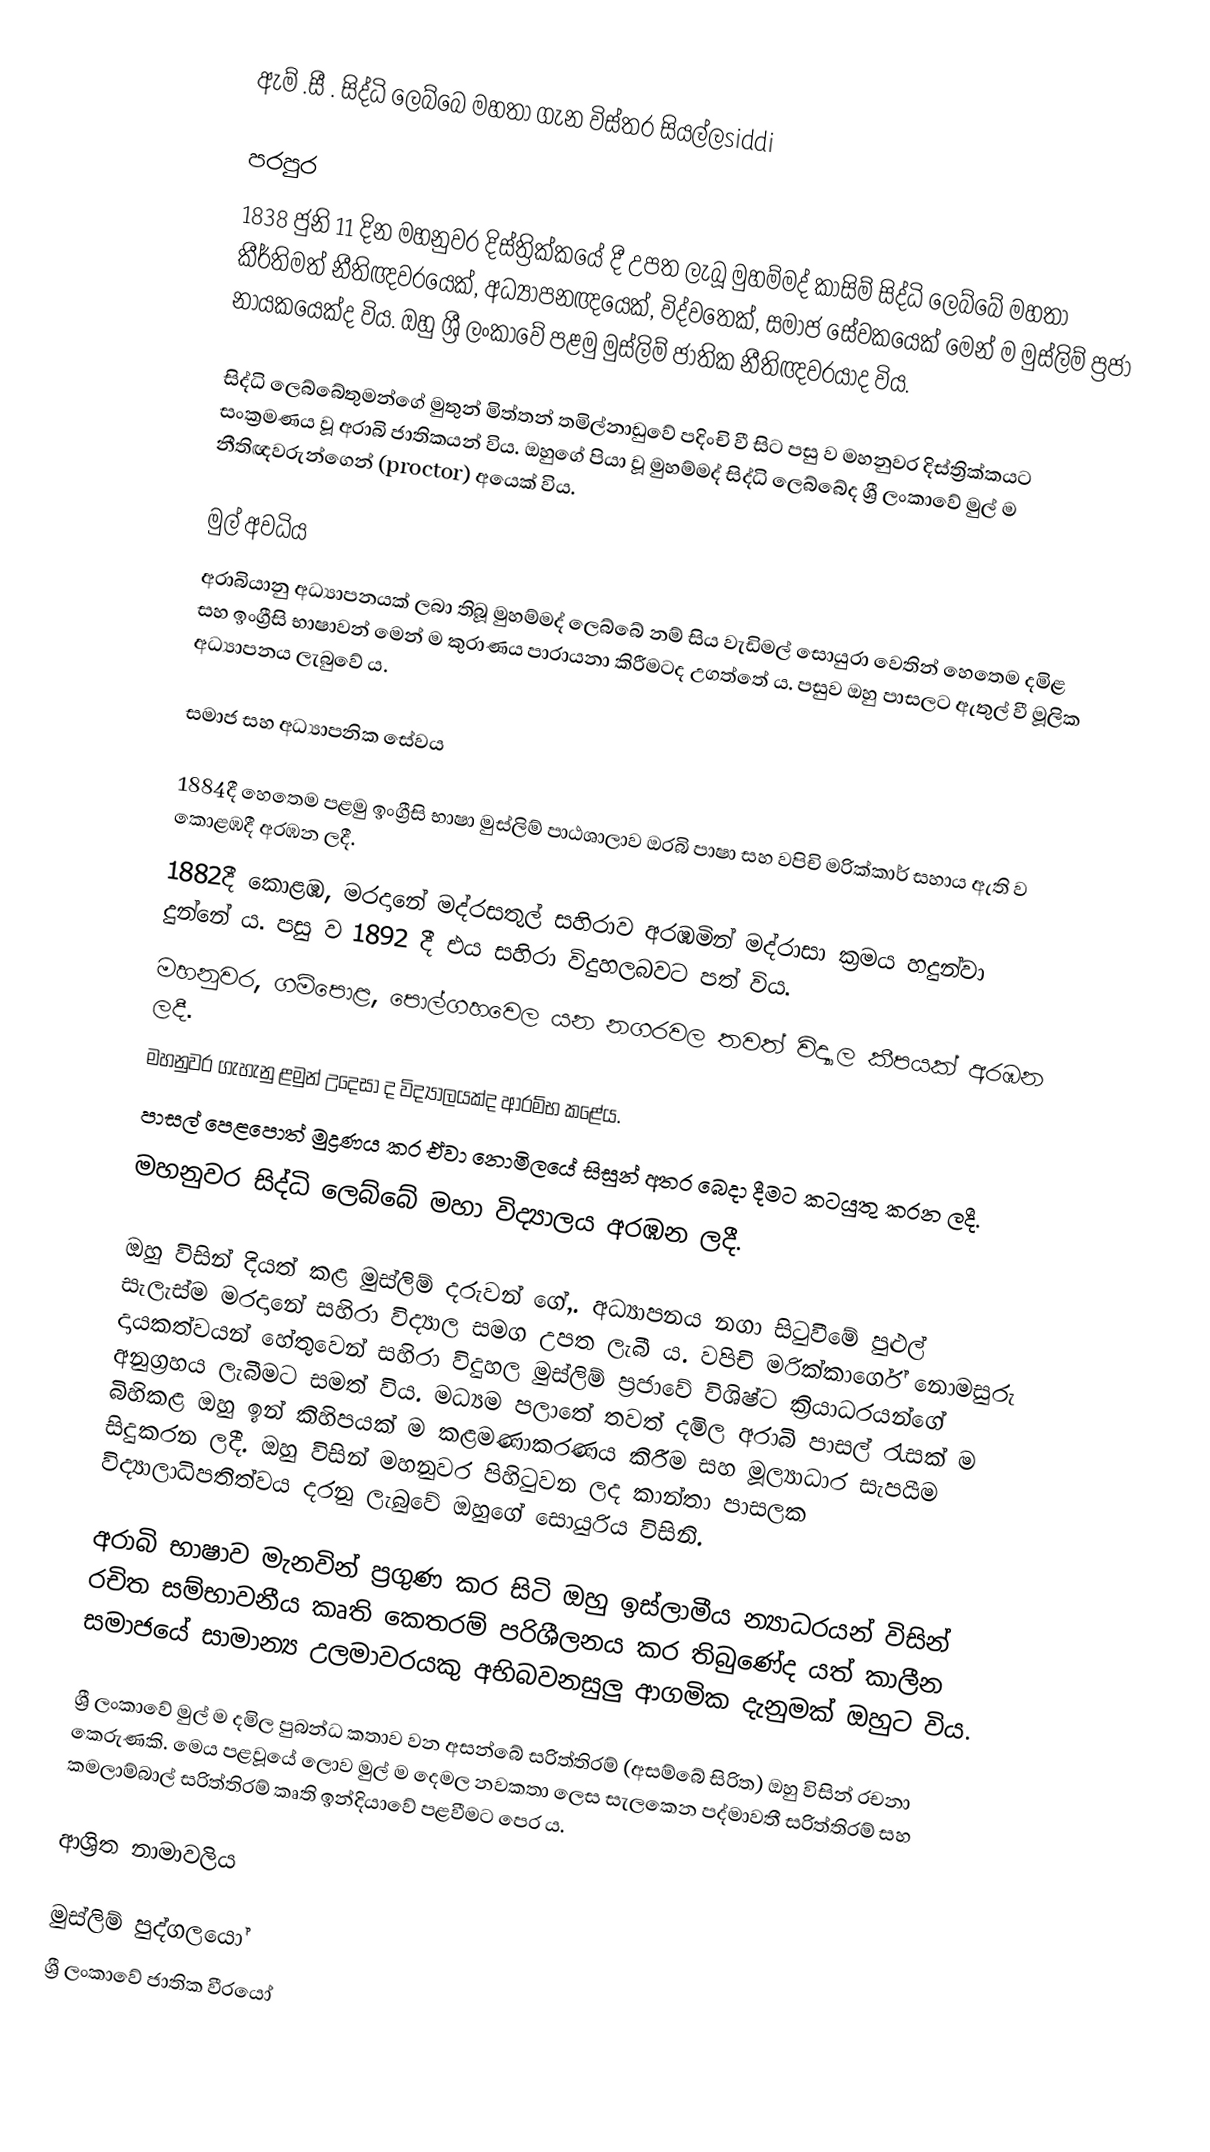
ඇම් .සී . සිද්ධි ලෙබ්බෙ මහතා  ගැන විස්තර සියල්ලsiddi

පරපුර
1838 ජුනි 11 දින මහනුවර දිස්ත්‍රික්කයේ දී උපත ලැබූ මුහම්මද් කාසිම් සිද්ධි ලෙබ්බේ මහතා කීර්තිමත් නීතිඥවරයෙක්, අධ්‍යාපනඥයෙක්, විද්වතෙක්, සමාජ සේවකයෙක් මෙන් ම මුස්ලිම් ප්‍රජා නායකයෙක්ද විය. ඔහු ශ්‍රී ලංකාවේ පළමු මුස්ලිම් ජාතික නීතිඥවරයාද විය.

සිද්ධි ලෙබ්බේතුමන්ගේ මුතුන් මිත්තන් තමිල්නාඩුවේ පදිංචි වී සිට පසු ව මහනුවර දිස්ත්‍රික්කයට සංක්‍රමණය වූ අරාබි ජාතිකයන් විය. ඔහුගේ පියා වූ මුහම්මද් සිද්ධි ලෙබ්බේද ශ්‍රී ලංකාවේ මුල් ම නීතිඥවරුන්ගෙන් (proctor) අයෙක් විය.

මුල් අවධිය
අරාබියානු අධ්‍යාපනයක් ලබා තිබූ මුහම්මද් ලෙබ්බේ නම් සිය වැඩිමල් සොයුරා වෙතින් හෙතෙම දමිළ සහ ඉංග්‍රීසි භාෂාවන් මෙන් ම කුරාණය පාරායනා කිරීමටද උගත්තේ ය. පසුව ඔහු පාසලට ඇතුල් වී මූලික  අධ්‍යාපනය ලැබුවේ ය.

සමාජ සහ අධ්‍යාපනික සේවය

 1884දී හෙතෙම පළමු ඉංග්‍රීසි භාෂා මුස්ලිම් පාඨශාලාව ඔරබි පාෂා සහ වපිචි මරික්කාර් සහාය ඇති ව කොළඹදී අරඹන ලදී.
 1882දී කොළඹ, මරදානේ මද්රසතුල් සහිරාව අරඹමින් මද්රාසා ක්‍රමය හදුන්වා දුන්නේ ය. පසු ව 1892 දී එය සහිරා විදුහලබවට පත් විය.
 මහනුවර, ගම්පොළ, පොල්ගහවෙල යන නගරවල තවත් විද්‍යාල කීපයක් අරඹන ලදී.
 මහනුවර ගැහැනු ළමුන් උදෙසා ද විද්‍යාලයක්ද ආරම්භ කළේය.
 පාසල් පෙළපොත් මුද්‍රණය කර ඒවා නොමිලයේ සිසුන් අතර බෙදා දීමට කටයුතු කරන ලදී.
 මහනුවර සිද්ධි ලෙබ්බේ මහා විද්‍යාලය අරඹන ලදී.

ඔහු විසින් දියත් කළ මුස්ලිම් දරුවන් ගේ,.  අධ්‍යාපනය නගා සිටුවීමේ පුළුල් සැලැස්ම මරදානේ සහිරා විද්‍යාල සමග උපත ලැබී ය.  වපිචි මරික්කාර්ගේ නොමසුරු දායකත්වයන් හේතුවෙන් සහිරා විදුහල මුස්ලිම් ප්‍රජාවේ විශිෂ්ට ක්‍රියාධරයන්ගේ අනුග්‍රහය ලැබීමට සමත් විය.  මධ්‍යම පලාතේ තවත් දමිල අරාබි පාසල් රැසක් ම බිහිකළ ඔහු ඉන් කිහිපයක් ම කළමණාකරණය කිරීම සහ මූල්‍යාධාර සැපයීම සිදුකරන ලදී. ඔහු විසින් මහනුවර පිහිටුවන ලද කාන්තා පාසලක විද්‍යාලාධිපතිත්වය දරනු ලැබුවේ ඔහුගේ සොයුරිය විසිනි.

අරාබි භාෂාව මැනවින් ප්‍රගුණ කර සිටි ඔහු ඉස්ලාමීය න්‍යාධරයන් විසින් රචිත සම්භාවනීය කෘති කෙතරම් පරිශීලනය කර තිබුණේද යත් කාලීන සමාජයේ සාමාන්‍ය උලමාවරයකු අභිබවනසුලු ආගමික දැනුමක් ඔහුට විය.

ශ්‍රී ලංකාවේ මුල් ම දමිල පුබන්ධ කතාව වන අසන්බේ සරිත්තිරම් (අසම්බේ සිරිත) ඔහු විසින් රචනා කෙරුණකි. මෙය පළවූයේ ලොව මුල් ම දෙමල නවකතා ලෙස සැලකෙන පද්මාවතී සරිත්තිරම් සහ කමලාම්බාල් සරිත්තිරම් කෘති ඉන්දියාවේ පළවීමට පෙර ය.

ආශ්‍රිත නාමාවලිය

මුස්ලිම් පුද්ගලයෝ
ශ්‍රී ලංකාවේ ජාතික වීරයෝ